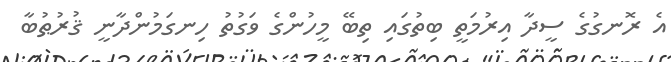
އެ ރޮނގުގެ ސީދާ އިރުމަތީ ބިތުގައި ތިބޭ މީހުންގެ ވަގުތު ހިނގަމުންދާނީ ޤުރުޠުބާ